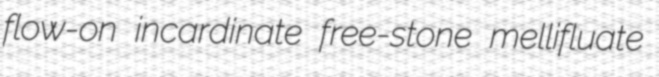
flow-on incardinate free-stone mellifluate